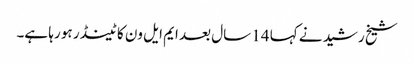
شیخ رشید نے کہا 14 سال بعد ایم ایل ون کا ٹینڈر ہو رہا ہے۔